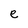
Character: e